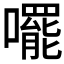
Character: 𫬘